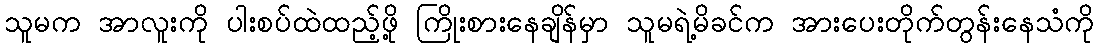
သူမက အာလူးကို ပါးစပ်ထဲထည့်ဖို့ ကြိုးစားနေချိန်မှာ သူမရဲ့မိခင်က အားပေးတိုက်တွန်းနေသံကို